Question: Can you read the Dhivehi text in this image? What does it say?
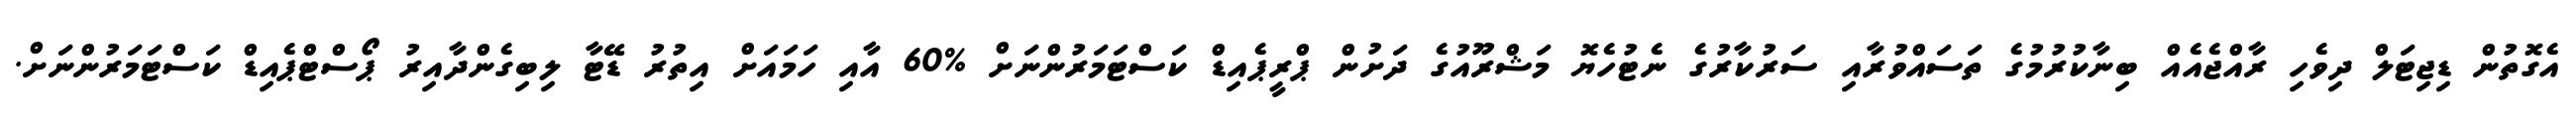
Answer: އެގޮތުން ޑިޖިޓަލް ދިވެހި ރާއްޖެއެއް ބިނާކުރުމުގެ ތަސައްވުރާއި ސަރުކާރުގެ ނެޓުހެޔޮ މަޝްރޫއުގެ ދަށުން ޕްރީޕެއިޑް ކަސްޓަމަރުންނަށް %60 އާއި ހަމައަށް އިތުރު ޑޭޓާ ލިބިގެންދާއިރު ޕޯސްޓްޕެއިޑް ކަސްޓަމަރުންނަށް.